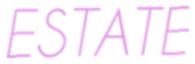
ESTATE